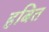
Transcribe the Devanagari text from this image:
हबित